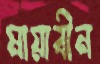
মায়াবীন